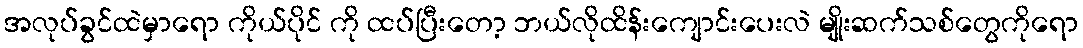
အလုပ်ခွင်ထဲမှာရော ကိုယ်ပိုင် ကို ထပ်ပြီးတော့ ဘယ်လိုထိန်းကျောင်းပေးလဲ မျိုးဆက်သစ်တွေကိုရော